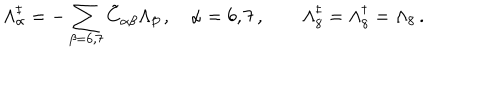
LaTeX: \Lambda _ { \alpha } ^ { \ddagger } = - \sum _ { \beta = 6 , 7 } \tilde { C } _ { \alpha \beta } \Lambda _ { \beta } \, , \quad \alpha = 6 , 7 \, , \quad \quad \Lambda _ { 8 } ^ { \ddagger } = \Lambda _ { 8 } ^ { \dagger } = \Lambda _ { 8 } \, .